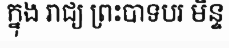
ក្នុង រាជ្យ ព្រះបាទបរ មិន្ទ